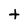
Character: t